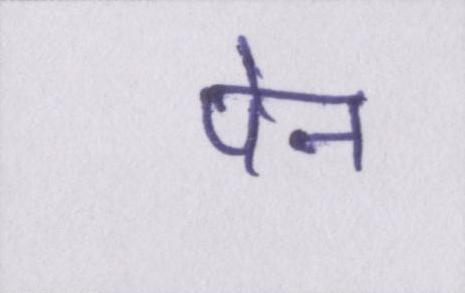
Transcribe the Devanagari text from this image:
पेन